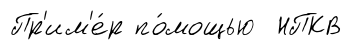
Пр'им'е́р по́мощью НПКВ